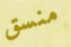
منسق